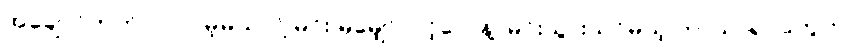
အချောင်တတ်လာလိမ့်မယ်လို့ မင်း မမျှော်လင့်လေနဲ့၊ မင်းသွားသင်မယ့် ဘာသာရပ်တွေက